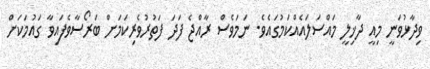
ވިދާޅުވަނީ މިއީ ދާޚިލީ މައްސަލައެއްކަމުގައެވެ. ނަމަވެސް ރާއްޖެ ފަދަ ފަތުރުވެރިކަމަށް ބަރޯސާވެފައިވާ ގައުމަކަށް